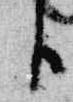
臣